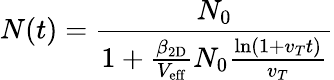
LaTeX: N(t)=\frac{N_{0}}{1+\frac{\beta_{\mathrm{2D}}}{V_{\mathrm{eff}}}N_{0}\frac{\ln\left(1+v_{T}t\right)}{v_{T}}}